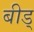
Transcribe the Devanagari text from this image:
बीड्